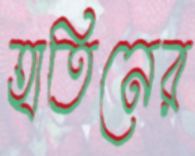
হাতিনের